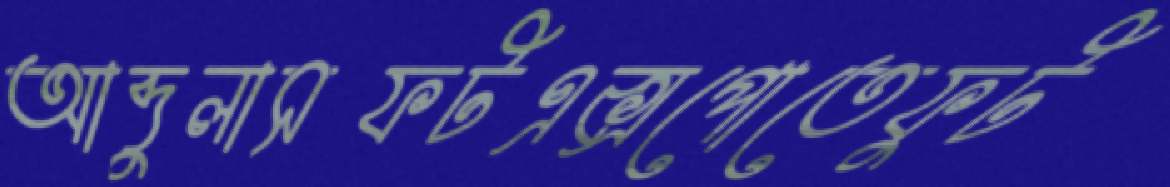
আব্দুলাসফটএক্সপোতেফুট